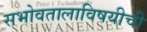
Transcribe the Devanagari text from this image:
सभोवतालाविषयीची